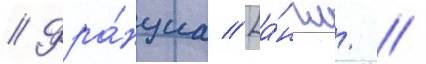
// Фра́нциа [а́нгл. //